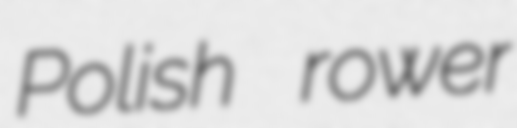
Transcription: Polish rower